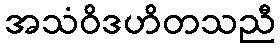
အသံဝိဒဟိတသညီ